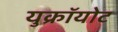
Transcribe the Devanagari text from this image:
युक्रॉयोट